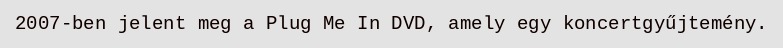
2007-ben jelent meg a Plug Me In DVD, amely egy koncertgyűjtemény.